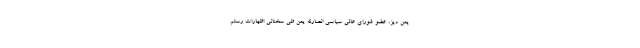
یمن دیز، عضو شورای عالی سیاسی انصارالله یمن طی سخنانی اظهارات رستم